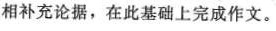
相补充论据，在此基础上完成作文。